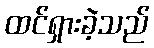
ထင်ရှားခဲ့သည်